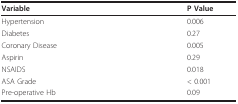
<table><thead><tr><td><b>Variable</b></td><td><b>P Value</b></td></tr></thead><tbody><tr><td>Hypertension</td><td>0.006</td></tr><tr><td>Diabetes</td><td>0.27</td></tr><tr><td>Coronary Disease</td><td>0.005</td></tr><tr><td>Aspirin</td><td>0.29</td></tr><tr><td>NSAIDS</td><td>0.018</td></tr><tr><td>ASA Grade</td><td>&lt; 0.001</td></tr><tr><td>Pre-operative Hb</td><td>0.09</td></tr></tbody></table>